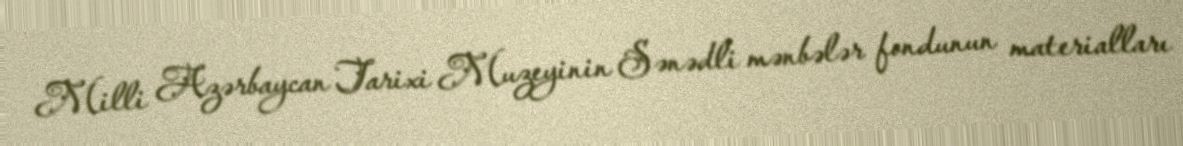
Milli Azərbaycan Tarixi Muzeyinin Sənədli mənbələr fondunun materialları